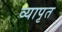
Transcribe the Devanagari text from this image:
व्यापृत